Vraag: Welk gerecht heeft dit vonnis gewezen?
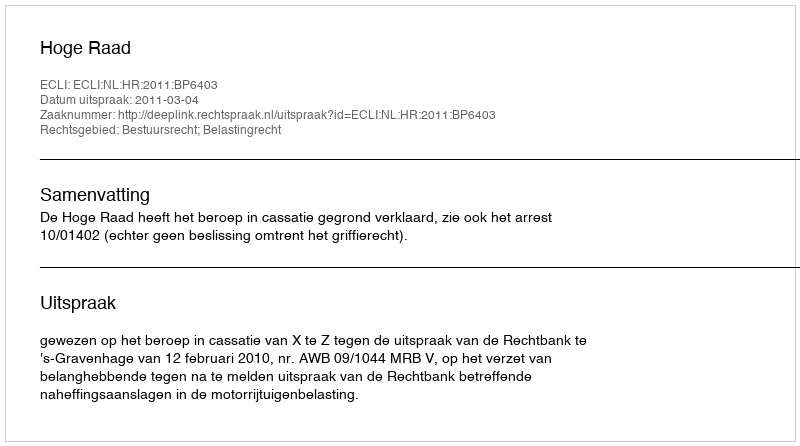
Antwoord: Hoge Raad